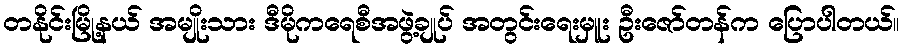
တနိုင်းမြို့နယ် အမျိုးသား ဒီမိုကရေစီအဖွဲ့ချုပ် အတွင်းရေးမှူး ဦးဇော်တန်က ပြောပါတယ်။